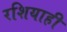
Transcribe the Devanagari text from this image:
रशियाही